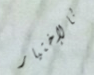
بالإختيار